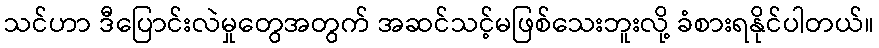
သင်ဟာ ဒီပြောင်းလဲမှုတွေအတွက် အဆင်သင့်မဖြစ်သေးဘူးလို့ ခံစားရနိုင်ပါတယ်။